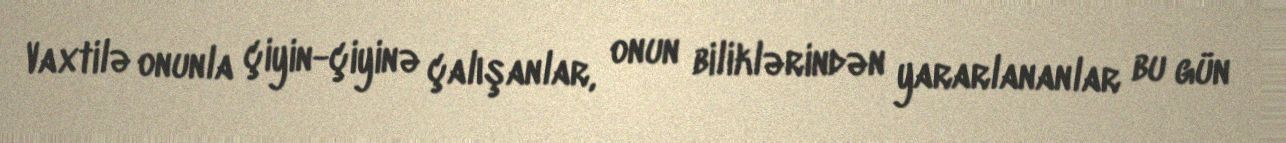
Vaxtilə onunla çiyin-çiyinə çalışanlar, onun biliklərindən yararlananlar bu gün